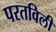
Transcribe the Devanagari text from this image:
परतविली